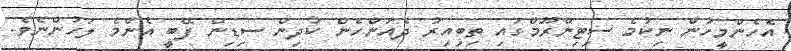
އެހެންމީހުން ނިކުމެ ސިޓިންރޫމްގައި ތިބިއިރު ދެއަންހެން ކުދިން ސިޑިން ފޭބީ އެންމެ ލަހުންނެވެ.